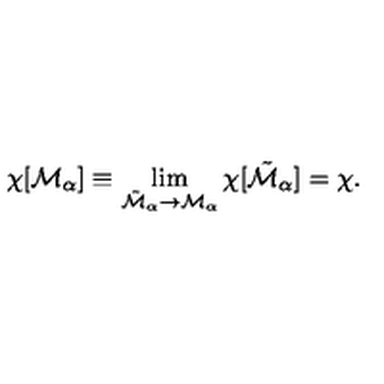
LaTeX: \chi [ { \cal M } _ { \alpha } ] \equiv \lim _ { { \tilde { \cal M } } _ { \alpha } \rightarrow { \cal M } _ { \alpha } } \chi [ { \tilde { \cal M } } _ { \alpha } ] = \chi .